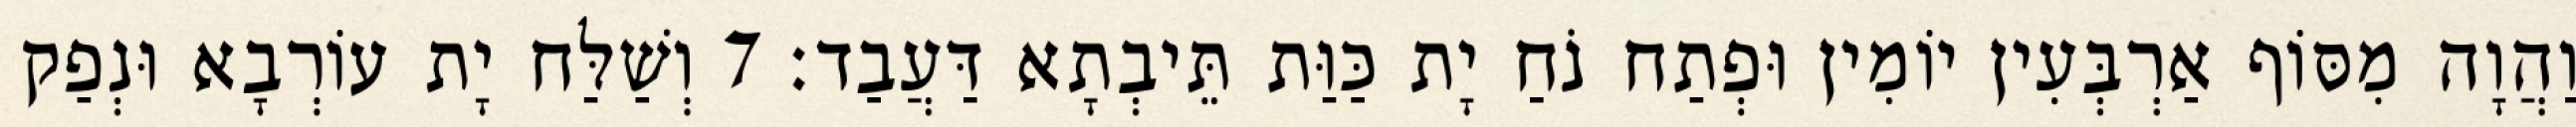
וַהֲוָה מִסּוֹף אַרְבְּעִין יוֹמִין וּפְתַח נֹחַ יָת כַּוַּת תֵּיבְתָא דַּעֲבַד׃ 7 וְשַׁלַּח יָת עוֹרְבָא וּנְפַק